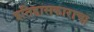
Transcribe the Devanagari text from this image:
इतिहासकाराचा